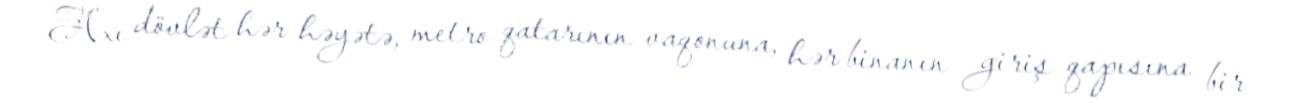
Axı dövlət hər həyətə, metro qatarının vaqonuna, hər binanın giriş qapısına bir